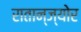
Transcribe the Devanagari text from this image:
रातान्ज्योर